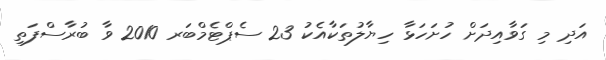
އަދި މި ގަވާއިދަށް ހުށަހަޅާ ހިޔާލުތަކާއެކު 23 ސެޕްޓެމްބަރ 2010 ވާ ބުރާސްފަތި